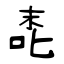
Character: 唜